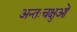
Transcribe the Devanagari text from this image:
अन्तःचक्षुओं